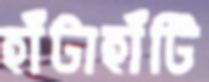
হাঁটাহাঁটি